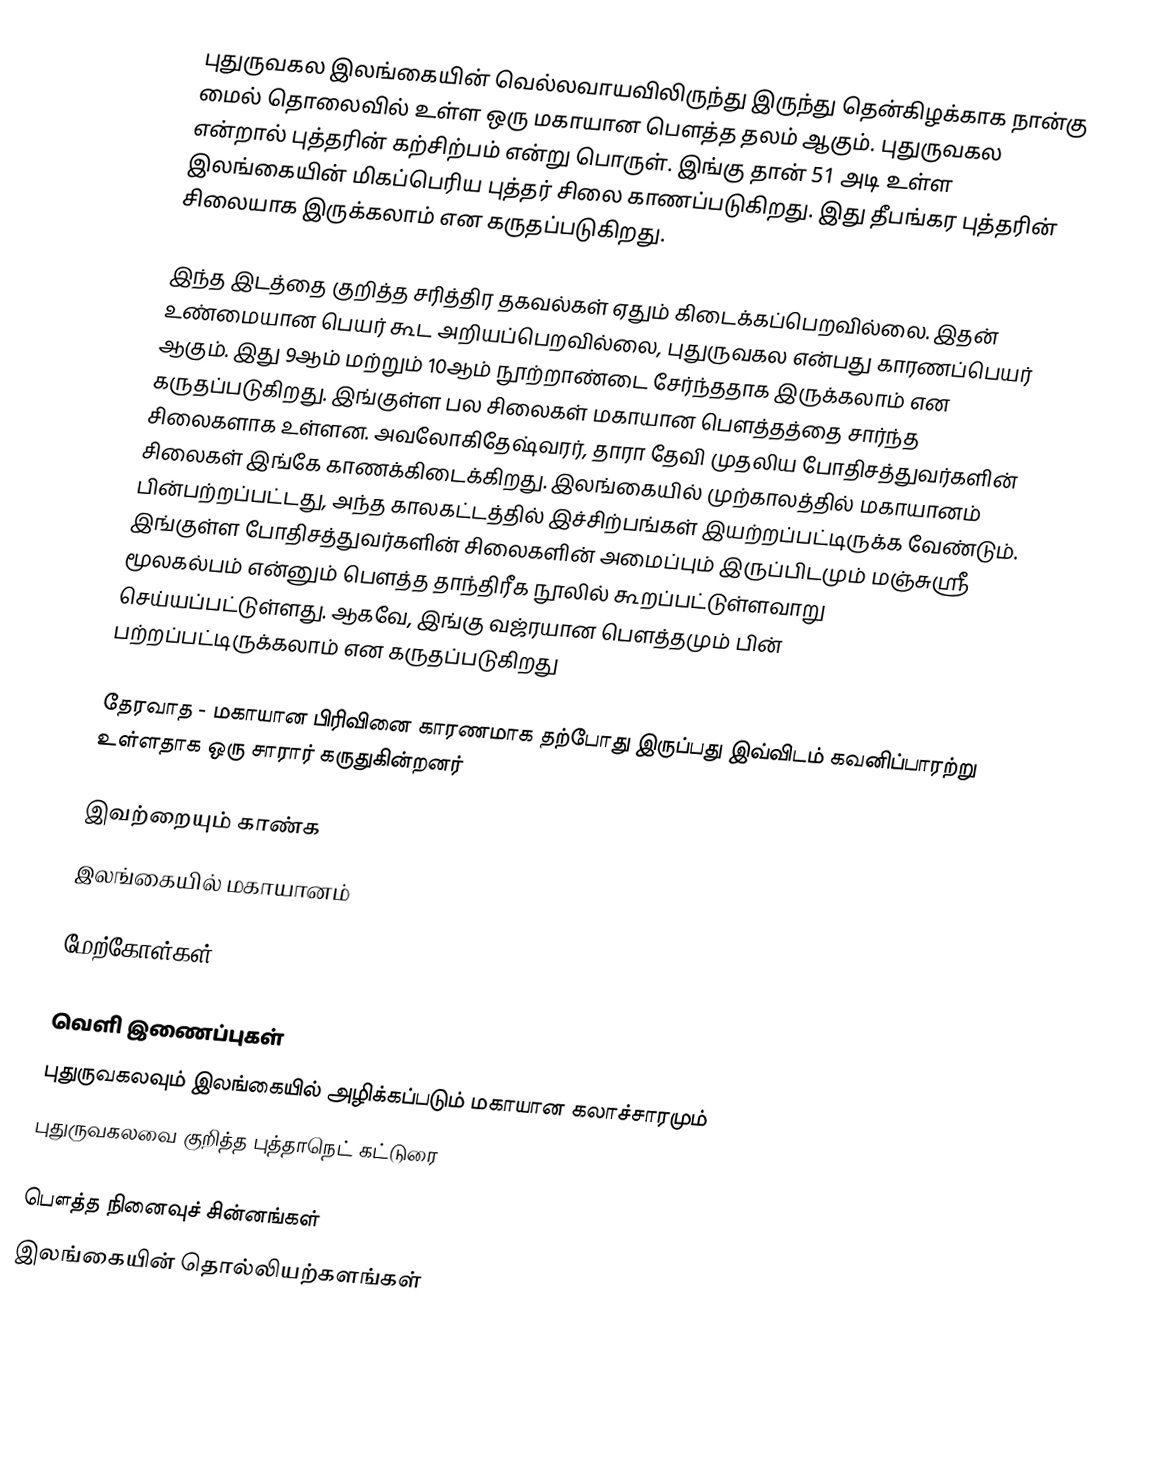
புதுருவகல இலங்கையின் வெல்லவாயவிலிருந்து இருந்து தென்கிழக்காக நான்கு மைல் தொலைவில் உள்ள ஒரு மகாயான பௌத்த தலம் ஆகும். புதுருவகல என்றால் புத்தரின் கற்சிற்பம் என்று பொருள். இங்கு தான் 51 அடி உள்ள இலங்கையின் மிகப்பெரிய புத்தர் சிலை காணப்படுகிறது. இது தீபங்கர புத்தரின் சிலையாக இருக்கலாம் என கருதப்படுகிறது.

இந்த இடத்தை குறித்த சரித்திர தகவல்கள் ஏதும் கிடைக்கப்பெறவில்லை. இதன் உண்மையான பெயர் கூட அறியப்பெறவில்லை, புதுருவகல என்பது காரணப்பெயர் ஆகும். இது 9ஆம் மற்றும் 10ஆம் நூற்றாண்டை சேர்ந்ததாக இருக்கலாம் என கருதப்படுகிறது. இங்குள்ள பல சிலைகள் மகாயான பௌத்தத்தை சார்ந்த சிலைகளாக உள்ளன. அவலோகிதேஷ்வரர், தாரா தேவி முதலிய போதிசத்துவர்களின் சிலைகள் இங்கே காணக்கிடைக்கிறது.  இலங்கையில் முற்காலத்தில் மகாயானம் பின்பற்றப்பட்டது, அந்த காலகட்டத்தில் இச்சிற்பங்கள் இயற்றப்பட்டிருக்க வேண்டும். இங்குள்ள போதிசத்துவர்களின் சிலைகளின் அமைப்பும் இருப்பிடமும் மஞ்சுஸ்ரீ மூலகல்பம் என்னும் பௌத்த தாந்திரீக நூலில் கூறப்பட்டுள்ளவாறு செய்யப்பட்டுள்ளது. ஆகவே, இங்கு வஜ்ரயான பௌத்தமும் பின் பற்றப்பட்டிருக்கலாம் என கருதப்படுகிறது

தேரவாத - மகாயான பிரிவினை காரணமாக தற்போது இருப்பது இவ்விடம் கவனிப்பாரற்று உள்ளதாக ஒரு சாரார் கருதுகின்றனர்

இவற்றையும் காண்க
 இலங்கையில் மகாயானம்

மேற்கோள்கள்

வெளி இணைப்புகள்
புதுருவகலவும் இலங்கையில் அழிக்கப்படும் மகாயான கலாச்சாரமும்
புதுருவகலவை குறித்த புத்தாநெட் கட்டுரை

பௌத்த நினைவுச் சின்னங்கள்
இலங்கையின் தொல்லியற்களங்கள்